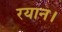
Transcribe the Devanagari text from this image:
रयान।